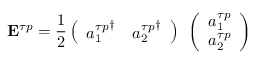
{ \bf E } ^ { \tau p } = { \frac { 1 } { 2 } } \left( \begin{array} { c c } { { { a _ { 1 } ^ { \tau p } } ^ { \dagger } } } & { { { a _ { 2 } ^ { \tau p } } ^ { \dagger } } } \end{array} \right) { \bf \sigma } \left( \begin{array} { c } { { a _ { 1 } ^ { \tau p } } } \\ { { a _ { 2 } ^ { \tau p } } } \end{array} \right)